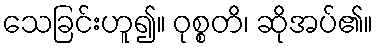
သေခြင်းဟူ၍။ ဝုစ္စတိ၊ ဆိုအပ်၏။